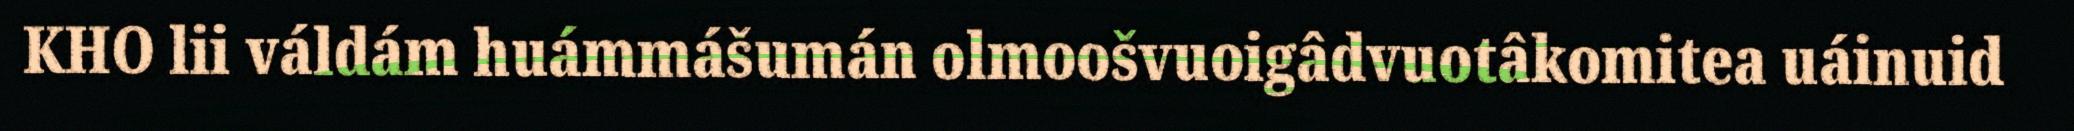
KHO lii váldám huámmášumán olmoošvuoigâdvuotâkomitea uáinuid